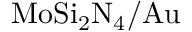
\mathrm { M o S i _ { 2 } N _ { 4 } / A u }